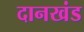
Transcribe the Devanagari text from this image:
दानखंड